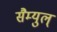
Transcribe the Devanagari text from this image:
सैम्युल्